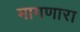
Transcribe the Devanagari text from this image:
मागणारा